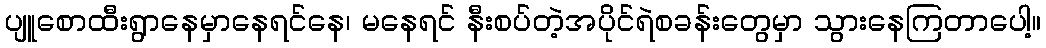
ပျူစောထီးရွာနေမှာနေရင်နေ၊ မနေရင် နီးစပ်တဲ့အပိုင်ရဲစခန်းတွေမှာ သွားနေကြတာပေါ့။